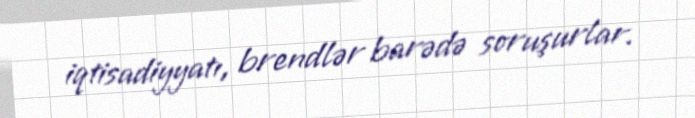
iqtisadiyyatı, brendlər barədə soruşurlar.